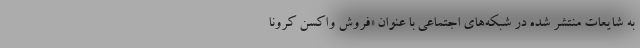
به شایعات منتشر شده در شبکه‌های اجتماعی با عنوان «فروش واکسن کرونا